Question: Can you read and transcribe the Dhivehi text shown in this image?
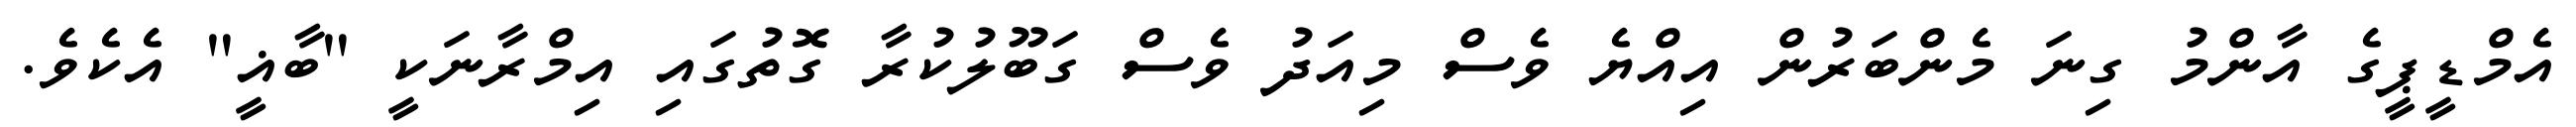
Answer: އެމްޑީޕީގެ އާންމު ގިނަ މެންބަރުން އިއްޔެ ވެސް މިއަދު ވެސް ގަބޫލުކުރާ ގޮތުގައި އިމްރާނަކީ "ބާޣީ" އެކެވެ.